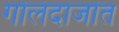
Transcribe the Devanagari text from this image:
गोलंदाजांत